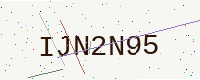
Text: IJN2N95